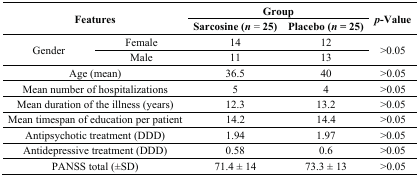
<table><thead><tr><td rowspan="2" colspan="2"><b>Features</b></td><td colspan="2"><b>Group</b></td><td rowspan="2"><b><i>p</i>-Value</b></td></tr><tr><td><b>Sarcosine (<i>n</i> = 25)</b></td><td><b>Placebo (<i>n</i> = 25)</b></td></tr></thead><tbody><tr><td rowspan="2">Gender</td><td>Female</td><td>14</td><td>12</td><td rowspan="2">&gt;0.05</td></tr><tr><td>Male</td><td>11</td><td>13</td></tr><tr><td colspan="2">Age (mean)</td><td>36.5</td><td>40</td><td>&gt;0.05</td></tr><tr><td colspan="2">Mean number of hospitalizations</td><td>5</td><td>4</td><td>&gt;0.05</td></tr><tr><td colspan="2">Mean duration of the illness (years)</td><td>12.3</td><td>13.2</td><td>&gt;0.05</td></tr><tr><td colspan="2">Mean timespan of education per patient</td><td>14.2</td><td>14.4</td><td>&gt;0.05</td></tr><tr><td colspan="2">Antipsychotic treatment (DDD)</td><td>1.94</td><td>1.97</td><td>&gt;0.05</td></tr><tr><td colspan="2">Antidepressive treatment (DDD)</td><td>0.58</td><td>0.6</td><td>&gt;0.05</td></tr><tr><td colspan="2">PANSS total (±SD)</td><td>71.4 ± 14</td><td>73.3 ± 13</td><td>&gt;0.05</td></tr></tbody></table>